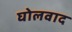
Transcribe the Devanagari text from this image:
घोलवाद